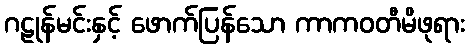
ဂဠုန်မင်းနှင့် ဖောက်ပြန်သော ကာကဝတီမိဖုရား